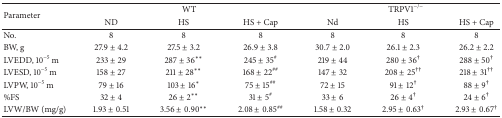
<table><thead><tr><td rowspan="2"><b>Parameter</b></td><td colspan="3"><b>WT</b></td><td colspan="3"><b>TRPV1<sup>−/−</sup></b></td></tr><tr><td><b>ND</b></td><td><b>HS</b></td><td><b>HS + Cap</b></td><td><b>Nd</b></td><td><b>HS</b></td><td><b>HS + Cap</b></td></tr></thead><tbody><tr><td>No.</td><td>8</td><td>8</td><td>8</td><td>8</td><td>8</td><td>8</td></tr><tr><td>BW, g</td><td>27.9 ± 4.2</td><td>27.5 ± 3.2</td><td>26.9 ± 3.8</td><td>30.7 ± 2.0</td><td>26.1 ± 2.3 </td><td>26.2 ± 2.2</td></tr><tr><td>LVEDD, 10<sup>−5</sup> m</td><td>233 ± 29</td><td>287 ± 36∗∗</td><td>245 ± 35<sup>#</sup></td><td>219 ± 44</td><td>280 ± 36<sup>†</sup></td><td>288 ± 50<sup>†</sup></td></tr><tr><td>LVESD, 10<sup>−5</sup> m</td><td>158 ± 27</td><td>211 ± 28∗∗</td><td>168 ± 22<sup>##</sup></td><td> 147 ± 32</td><td>208 ± 25<sup>††</sup></td><td>218 ± 31<sup>††</sup></td></tr><tr><td>LVPW, 10<sup>−5</sup> m</td><td>79 ± 16</td><td>103 ± 16∗</td><td>75 ± 15<sup>##</sup></td><td> 72 ± 15</td><td>91 ± 12<sup>†</sup></td><td>88 ± 9<sup>†</sup></td></tr><tr><td>%FS</td><td>32 ± 4</td><td>26 ± 2∗∗</td><td>31 ± 5<sup>#</sup></td><td> 33 ± 6</td><td> 26 ± 4<sup>†</sup></td><td>24 ± 6<sup>†</sup></td></tr><tr><td>LVW/BW (mg/g)</td><td>1.93 ± 0.51</td><td>3.56 ± 0.90∗∗</td><td>2.08 ± 0.85<sup>##</sup></td><td> 1.58 ± 0.32</td><td> 2.95 ± 0.63<sup>†</sup></td><td>2.93 ± 0.67<sup>†</sup></td></tr></tbody></table>